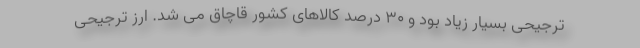
ترجیحی بسیار زیاد بود و ۳۰ درصد کالاهای کشور قاچاق می شد. ارز ترجیحی